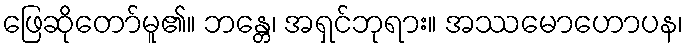
ဖြေဆိုတော်မူ၏။ ဘန္တေ၊ အရှင်ဘုရား။ အဿမောဟောပန၊